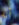
أنه